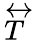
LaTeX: \overleftrightarrow{T}